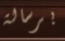
برسالة